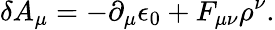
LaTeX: \delta A_{\mu}=-{\partial_{\mu}\epsilon_{0}}+F_{\mu\nu}\rho^{\nu}.